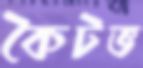
কৈটভ